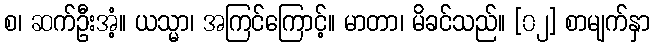
စ၊ ဆက်ဦးအံ့။ ယသ္မာ၊ အကြင်ကြောင့်။ မာတာ၊ မိခင်သည်။ [၀၂] စာမျက်နှာ